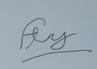
Signature authenticity: forged